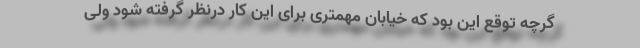
گرچه توقع این بود که خیابان مهمتری برای این کار درنظر گرفته شود ولی